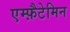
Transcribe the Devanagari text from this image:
एम्फ़ैटेमिन